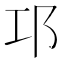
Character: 邛